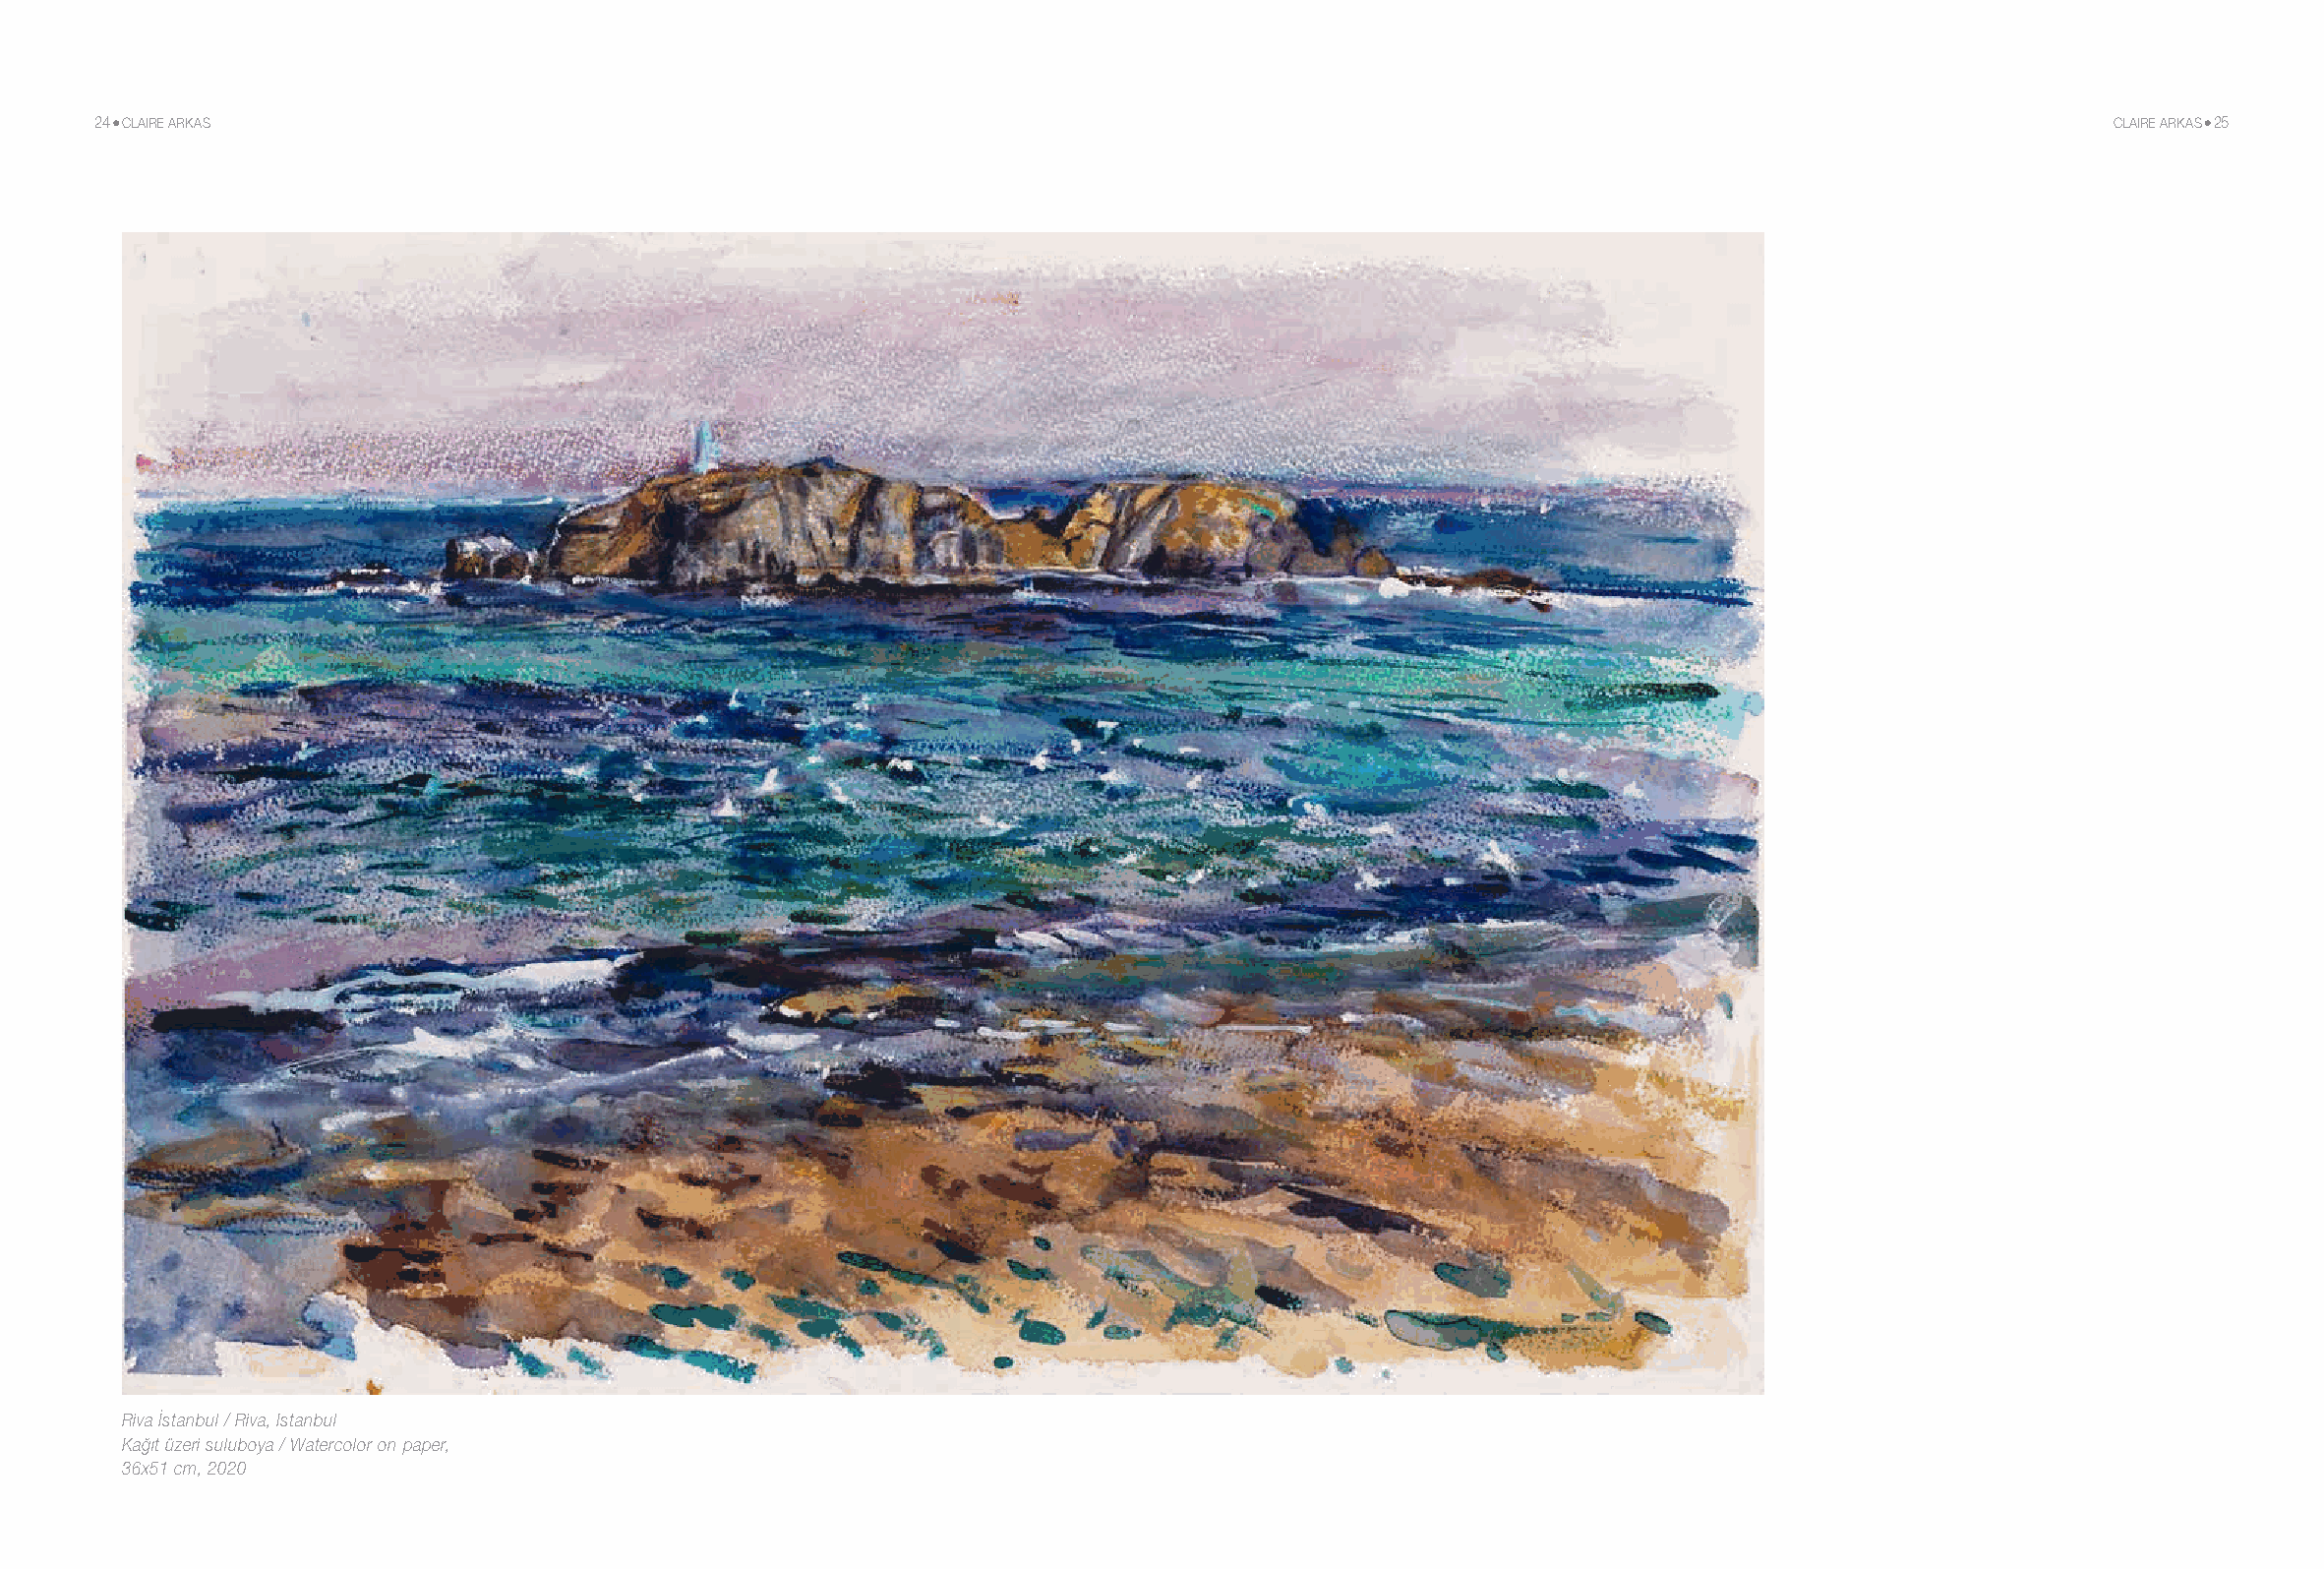
24 CLAIRE ARKAS                                                                                                                         CLAIRE ARKAS 25
 Riva İstanbul / Riva, Istanbul
 Kağıt üzeri suluboya / Watercolor on paper,
 36x51 cm, 2020